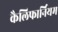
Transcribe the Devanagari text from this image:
कैलिफार्नियम